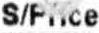
S/PRICE